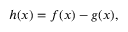
h ( x ) = f ( x ) - g ( x ) ,